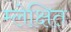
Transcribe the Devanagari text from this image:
म्लेक्षित